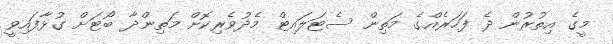
މީގެ އިތުރުން ދެ ފަހަރެއްގެ މަތިން ސެޓަލައިޓް މެދުވެރިކޮށް މަތިންދާ ބޯޓަށް ގުޅާފައިވީ